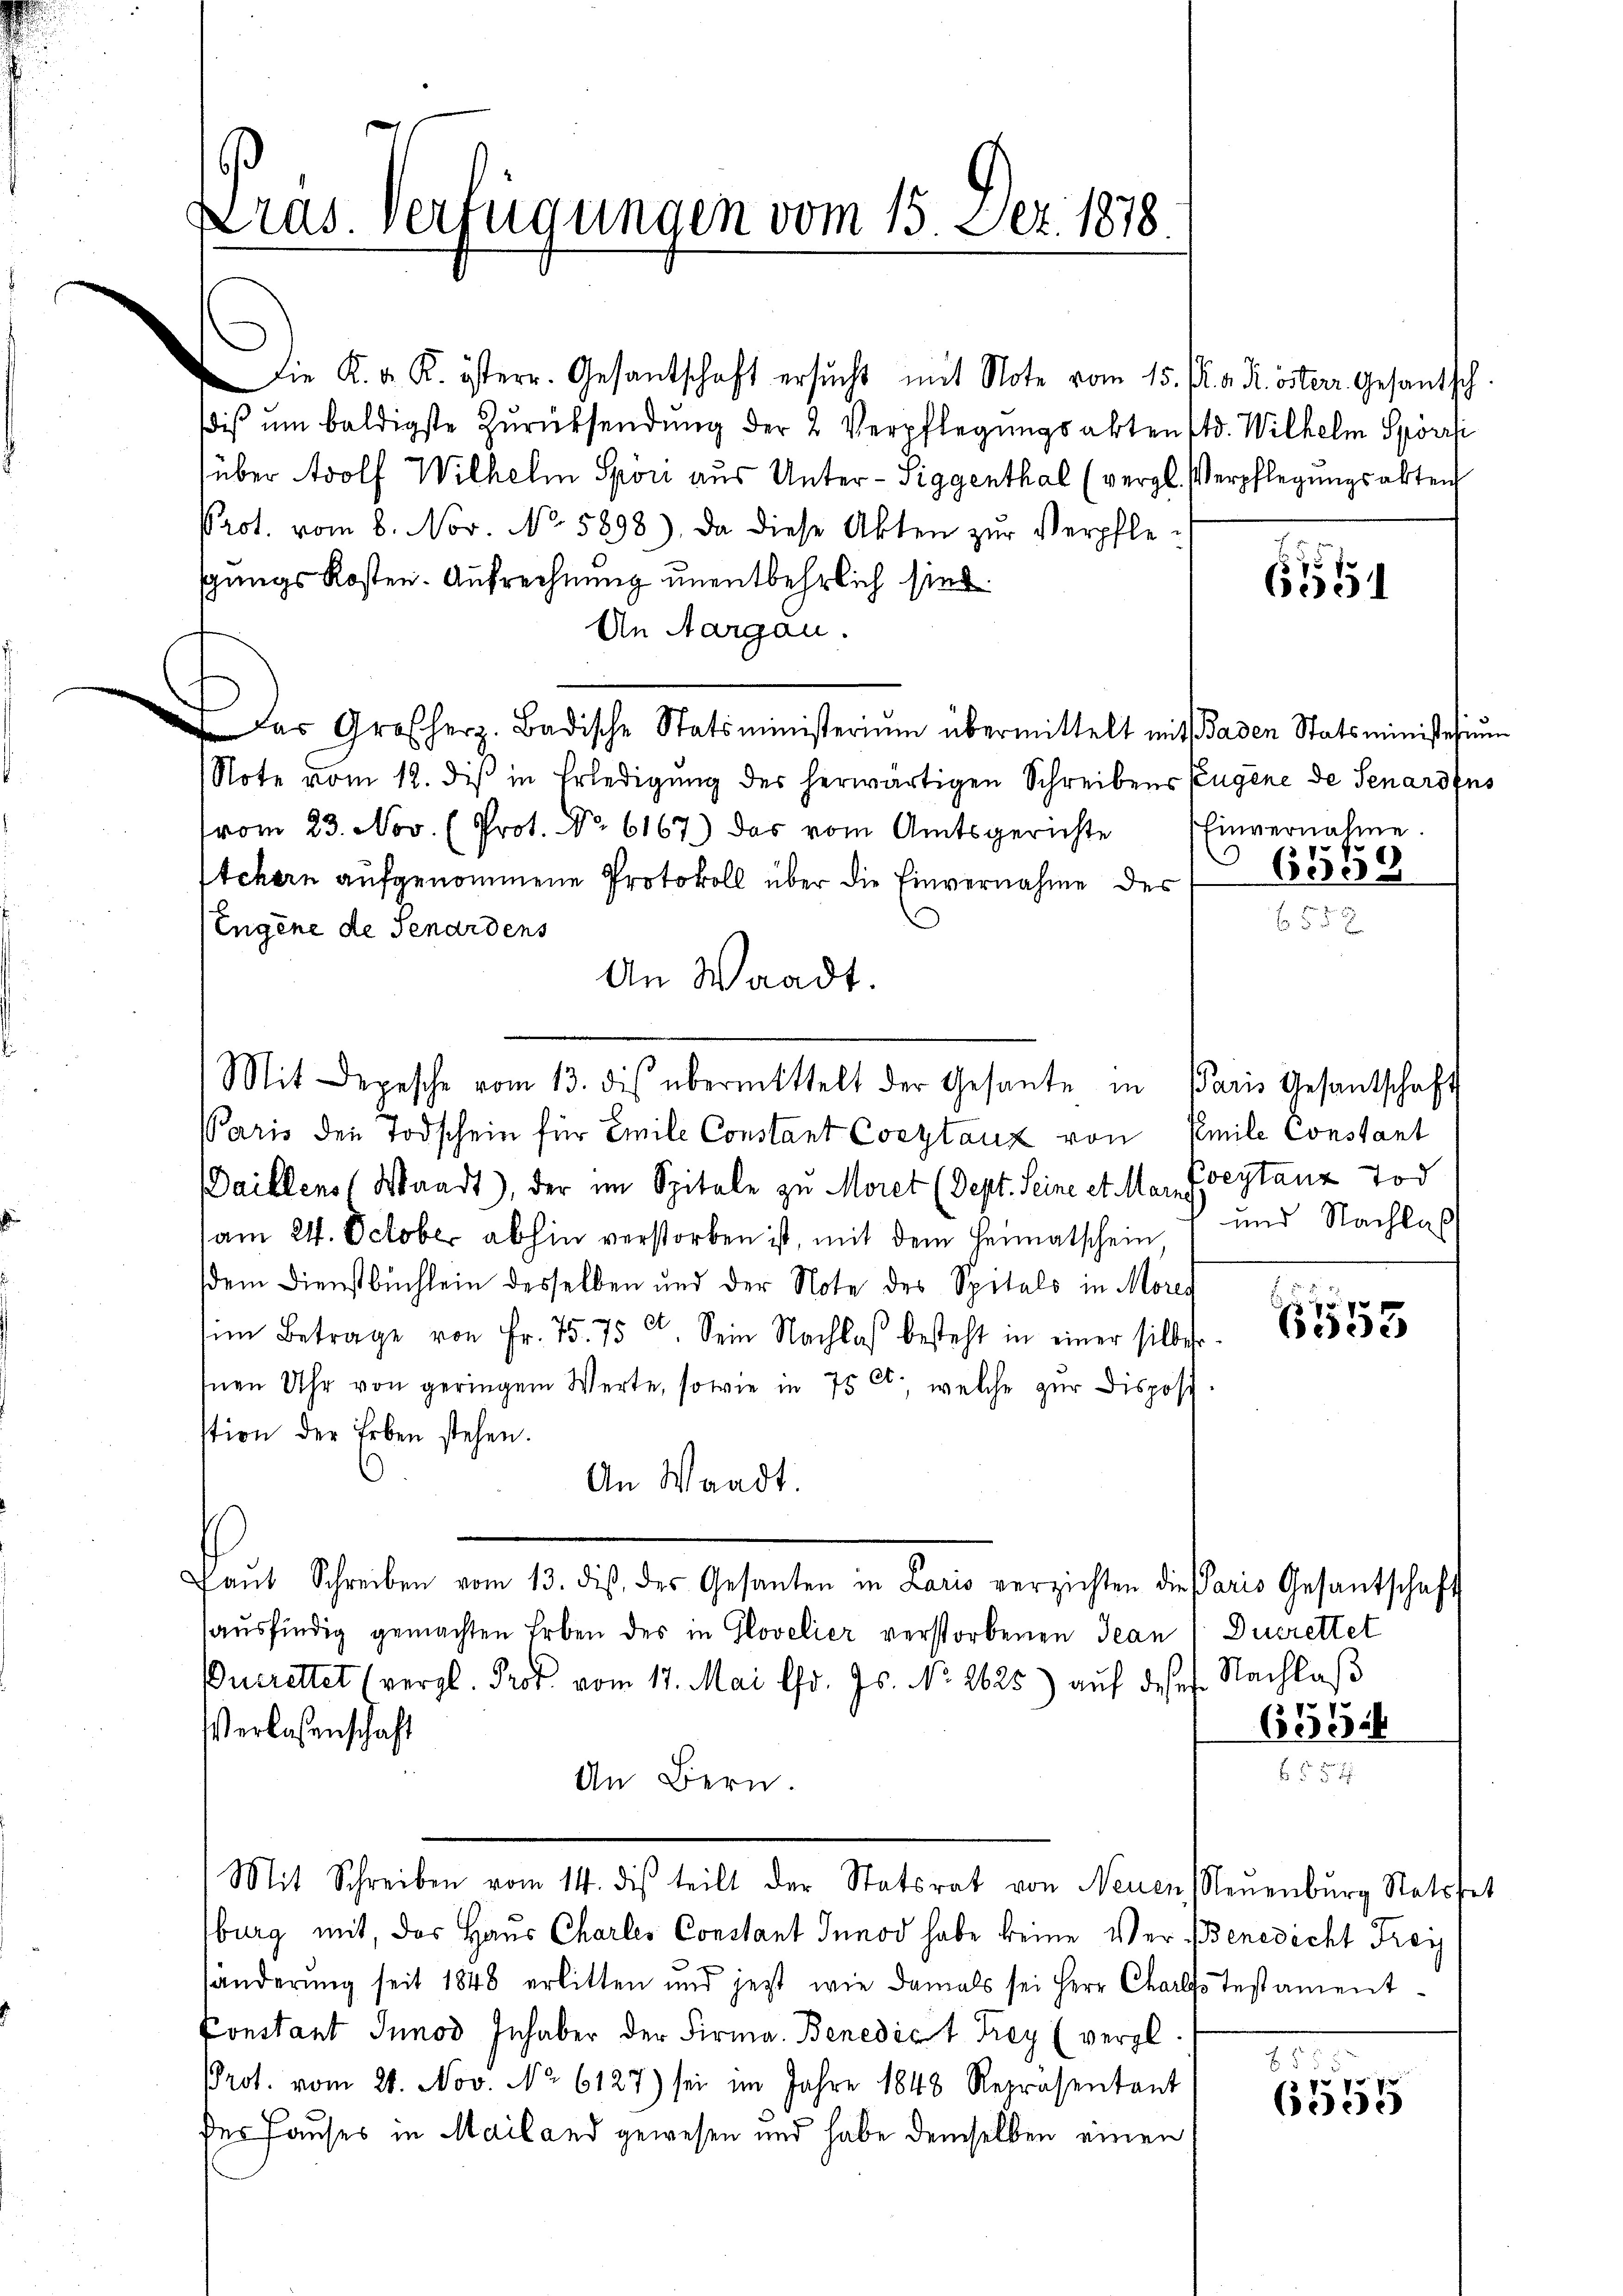
Pras. Verfügungen vom 15. Dez. 1878.

Die K. A. K. österr. Gesantschaft ersŭcht mit Note vom 15. Pr. v. R. österr. Gesantsch.
dis ŭm baldigste Zŭrücksendung der 2 Verpflegungsaktenstd. Wilhelm Spörri
über Adolf Wilhelm Spön aus Unter-Siggenthal (vergl. Verpflegungsakten
Prot. vom 8. Nov. No. 5898). Da diese Akten zŭr Verpfle-
gungs Kosten. Aufrechnung unentbehrlich sind.
An Aargau.
 das Großherz. Badische Statsministerium übermittelt mit Baden Statsministerium
Note vom 12. dis in Erledigung des herwärtigen Schreibens Eugene de Senardins
vom 23. Nov. (Prot. No. 6167) das vom Amtsgerichte Einvernahme.
stchern aufgenommene Protokoll über die Einvernahme der
Engene de Senardens
An Waadt.
Paris den Todschein für Emile Constant Constanz von Emile Constant
Daillens (Waadt), der im Spitale zu Moret (Dept. Seine et Mar. Freytanz Tod
am 24. October abhin verstorben ist, mit dem Heimatschein
dem Dienstbuchlein desselben und der Note des Spitals in Moreg
im Betrage von Fr. 75. 75
a. Sein Nachlaß besteht in einer silbeso
Inen Uhr von geringem Werte, sowie in 75 Ct., welche zur Dispost-
stion der Erben stehen.
An Waadt.
fant Schreiben vom 13. diβ, des Gesanten in Lario verzichten die Paris Gesantschaft
ausfündig gemachten Erben des in Glovelier verstorbenen Jean 1 Ducrettet
ucrettet (vergl. Prof. vom 17. Mai l. Js. No. 2625) aŭf deses Nachlaβ
Verlassenschaft
An Bern.
Mit Schreiben vom 14. des teilt der Statsrat von Neuen Neuenburg Stattet
burg mit, das Haus Charles Constant Innod habe keine Ver- Benedicht Frey
händerŭng seit 1848 erlitten und jetzt wie damals sei Herr Charfs Testament-
Constant Innod Inhaber der Firma. Benedict Frey (vergl.
Prot. vom 24. Nov. No 6127) sei im Jahre 1848 Repräsentant
des Hauses in Mailand gewesen und habe demselben einen

Mit Depesche vom 13. dies übermittelt der Gesante in Paris Gesantschaft

651

6558

und Nachlas

6153

655

5

Cie i